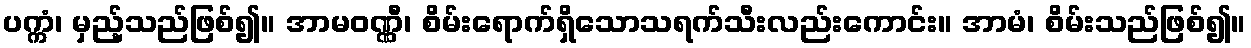
ပက္ကံ၊ မှည့်သည်ဖြစ်၍။ အာမဝဏ္ဏီ၊ စိမ်းရောက်ရှိသောသရက်သီးလည်းကောင်း။ အာမံ၊ စိမ်းသည်ဖြစ်၍။